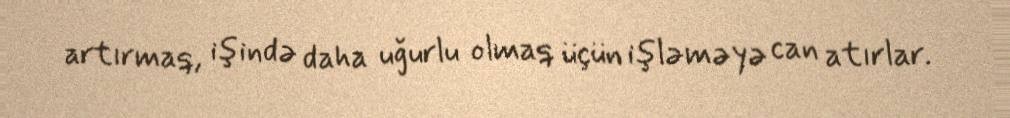
artırmaq, işində daha uğurlu olmaq üçün işləməyə can atırlar.